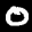
Label: 0